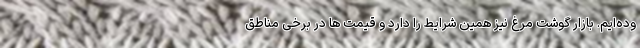
وده‌ایم. بازار گوشت مرغ نیز همین شرایط را دارد و قیمت ها در برخی مناطق